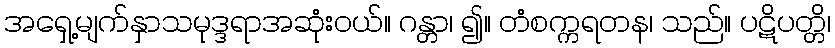
အရှေ့မျက်နှာသမုဒ္ဒရာအဆုံးဝယ်။ ဂန္တာ၊ ၍။ တံစက္ကရတန၊ သည်။ ပဋိပတ္တိ၊